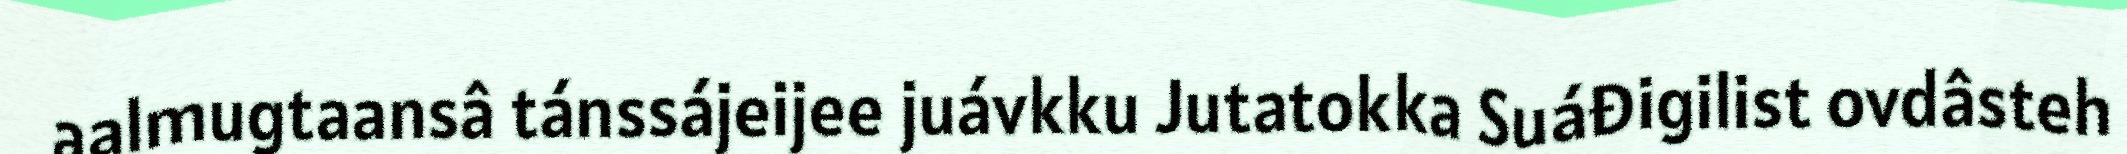
aalmugtaansâ tánssájeijee juávkku Jutatokka Suáđigilist ovdâsteh